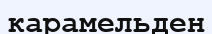
карамельден